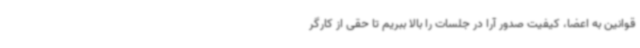
قوانین به اعضا، کیفیت صدور آرا در جلسات را بالا ببریم تا حقی از کارگر